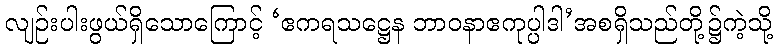
လျဉ်းပါးဖွယ်ရှိသောကြောင့် ‘ဧကရသဋ္ဌေန ဘာဝနာဧကုပ္ပါဒါ’အစရှိသည်တို့၌ကဲ့သို့